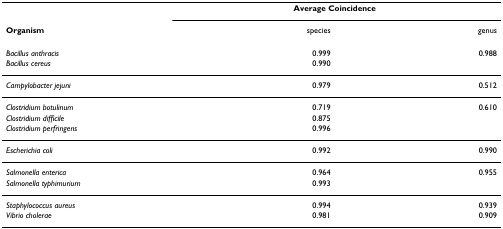
|  | <COLSPAN=2> Average Coincidence |
 | Organism | species | genus |
 | --- | --- | --- |
 | Bacillus anthracis | 0.999 | 0.988 |
 | Bacillus cereus | 0.990 |  |
 | Campylobacter jejuni | 0.979 | 0.512 |
 | Clostridium botulinum | 0.719 | 0.610 |
 | Clostridium difficile | 0.875 |  |
 | Clostridium perfringens | 0.996 |  |
 | Escherichia coli | 0.992 | 0.990 |
 | Salmonella enterica | 0.964 | 0.955 |
 | Salmonella typhimurium | 0.993 |  |
 | Staphylococcus aureus | 0.994 | 0.939 |
 | Vibrio cholerae | 0.981 | 0.909 |